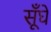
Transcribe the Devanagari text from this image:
सूँघे